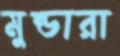
মুন্ডারা